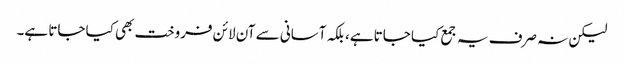
لیکن نہ صرف یہ جمع کیا جاتا ہے، بلکہ آسانی سے آن لائن فروخت بھی کیا جاتا ہے۔